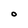
Character: O